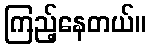
ကြည့်နေတယ်။